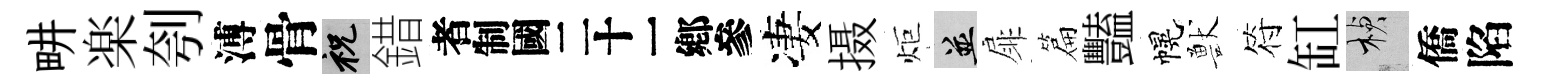
畊楽刳溥骨祝錯识凄摄炬并扉篇豔幌獸符缸楨僑陷